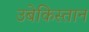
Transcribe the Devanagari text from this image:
उबेकिस्तान